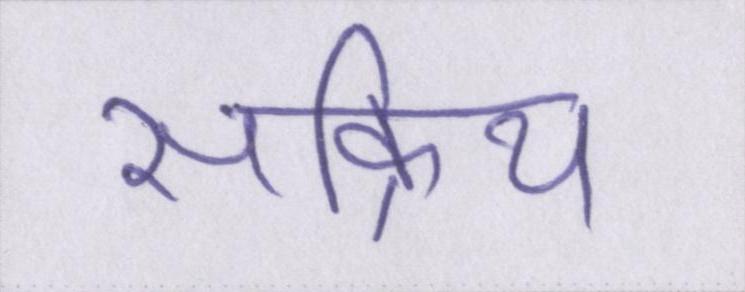
सक्रिय